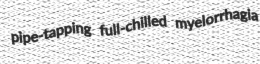
pipe-tapping full-chilled myelorrhagia